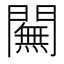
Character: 𨶭